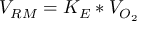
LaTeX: V _ { R M } = K _ { E } * V _ { O _ { 2 } }